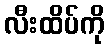
လီးထိပ်ကို